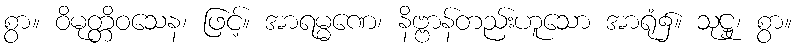
စွာ။ ဝိမုတ္တိဝသေန၊ ဖြင့်။ အာရမ္မဏေ၊ နိဗ္ဗာန်တည်းဟူသော အာရုံ၌။ သုဋ္ဌု၊ စွာ။